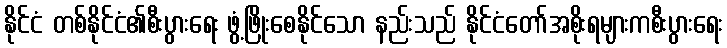
နိုင်ငံ တစ်နိုင်ငံ၏စီးပွားရေး ဖွံ့ဖြိုးစေနိုင်သော နည်းသည် နိုင်ငံတော်အစိုးရများကစီးပွားရေး